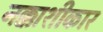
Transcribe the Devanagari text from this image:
नक्काशीकार